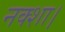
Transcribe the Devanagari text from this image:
नक्शा।